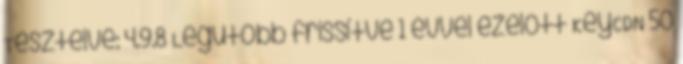
Tesztelve: 4.9.8 Legutóbb frissítve 1 évvel ezelőtt KeyCDN 50